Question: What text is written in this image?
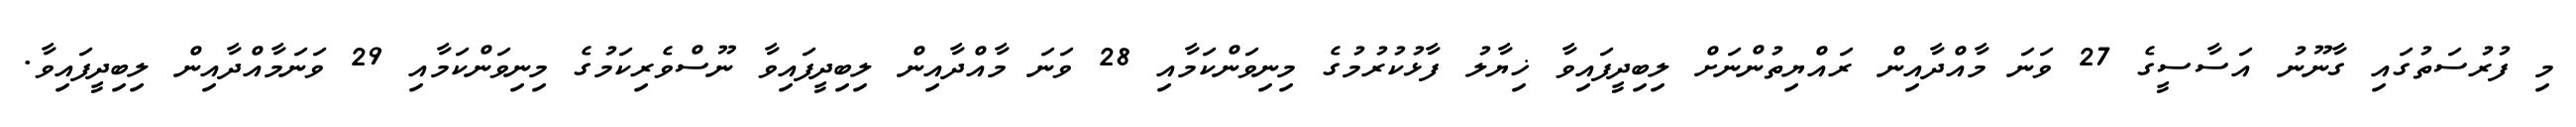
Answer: މި ފުރުސަތުގައި ގާނޫނު އަސާސީގެ 27 ވަނަ މާއްދާއިން ރައްޔިތުންނަށް ލިބިދީފައިވާ ޚިޔާލު ފާޅުކުރުމުގެ މިނިވަންކަމާއި 28 ވަނަ މާއްދާއިން ލިބިދީފައިވާ ނޫސްވެރިކަމުގެ މިނިވަންކަމާއި 29 ވަނަމާއްދާއިން ލިބިދީފައިވާ.